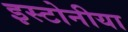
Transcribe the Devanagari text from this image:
इस्टोनीया